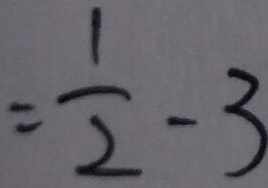
= \frac { 1 } { 2 } - 3